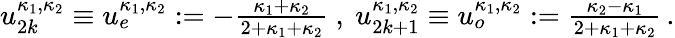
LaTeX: \begin{array}{r}{u_{2k}^{\kappa_{1},\kappa_{2}}\equiv u_{e}^{\kappa_{1},\kappa_{2}}:=-\frac{\kappa_{1}+\kappa_{2}}{2+\kappa_{1}+\kappa_{2}}\ ,\ u_{2k+1}^{\kappa_{1},\kappa_{2}}\equiv u_{o}^{\kappa_{1},\kappa_{2}}:=\frac{\kappa_{2}-\kappa_{1}}{2+\kappa_{1}+\kappa_{2}}\, .}\end{array}